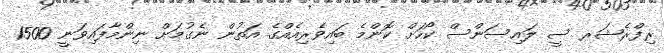
ރިފްރެޝަރ ސީ ލައިސަންސް ކޯހަށް ކޮންމެ ބައިވެރިއެއްގެ އަތުން ނެގުމަށް ނިންމާފައިވަނީ 1500